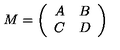
M = \left( \begin{array} { c c } { A } & { B } \\ { C } & { D } \\ \end{array} \right)